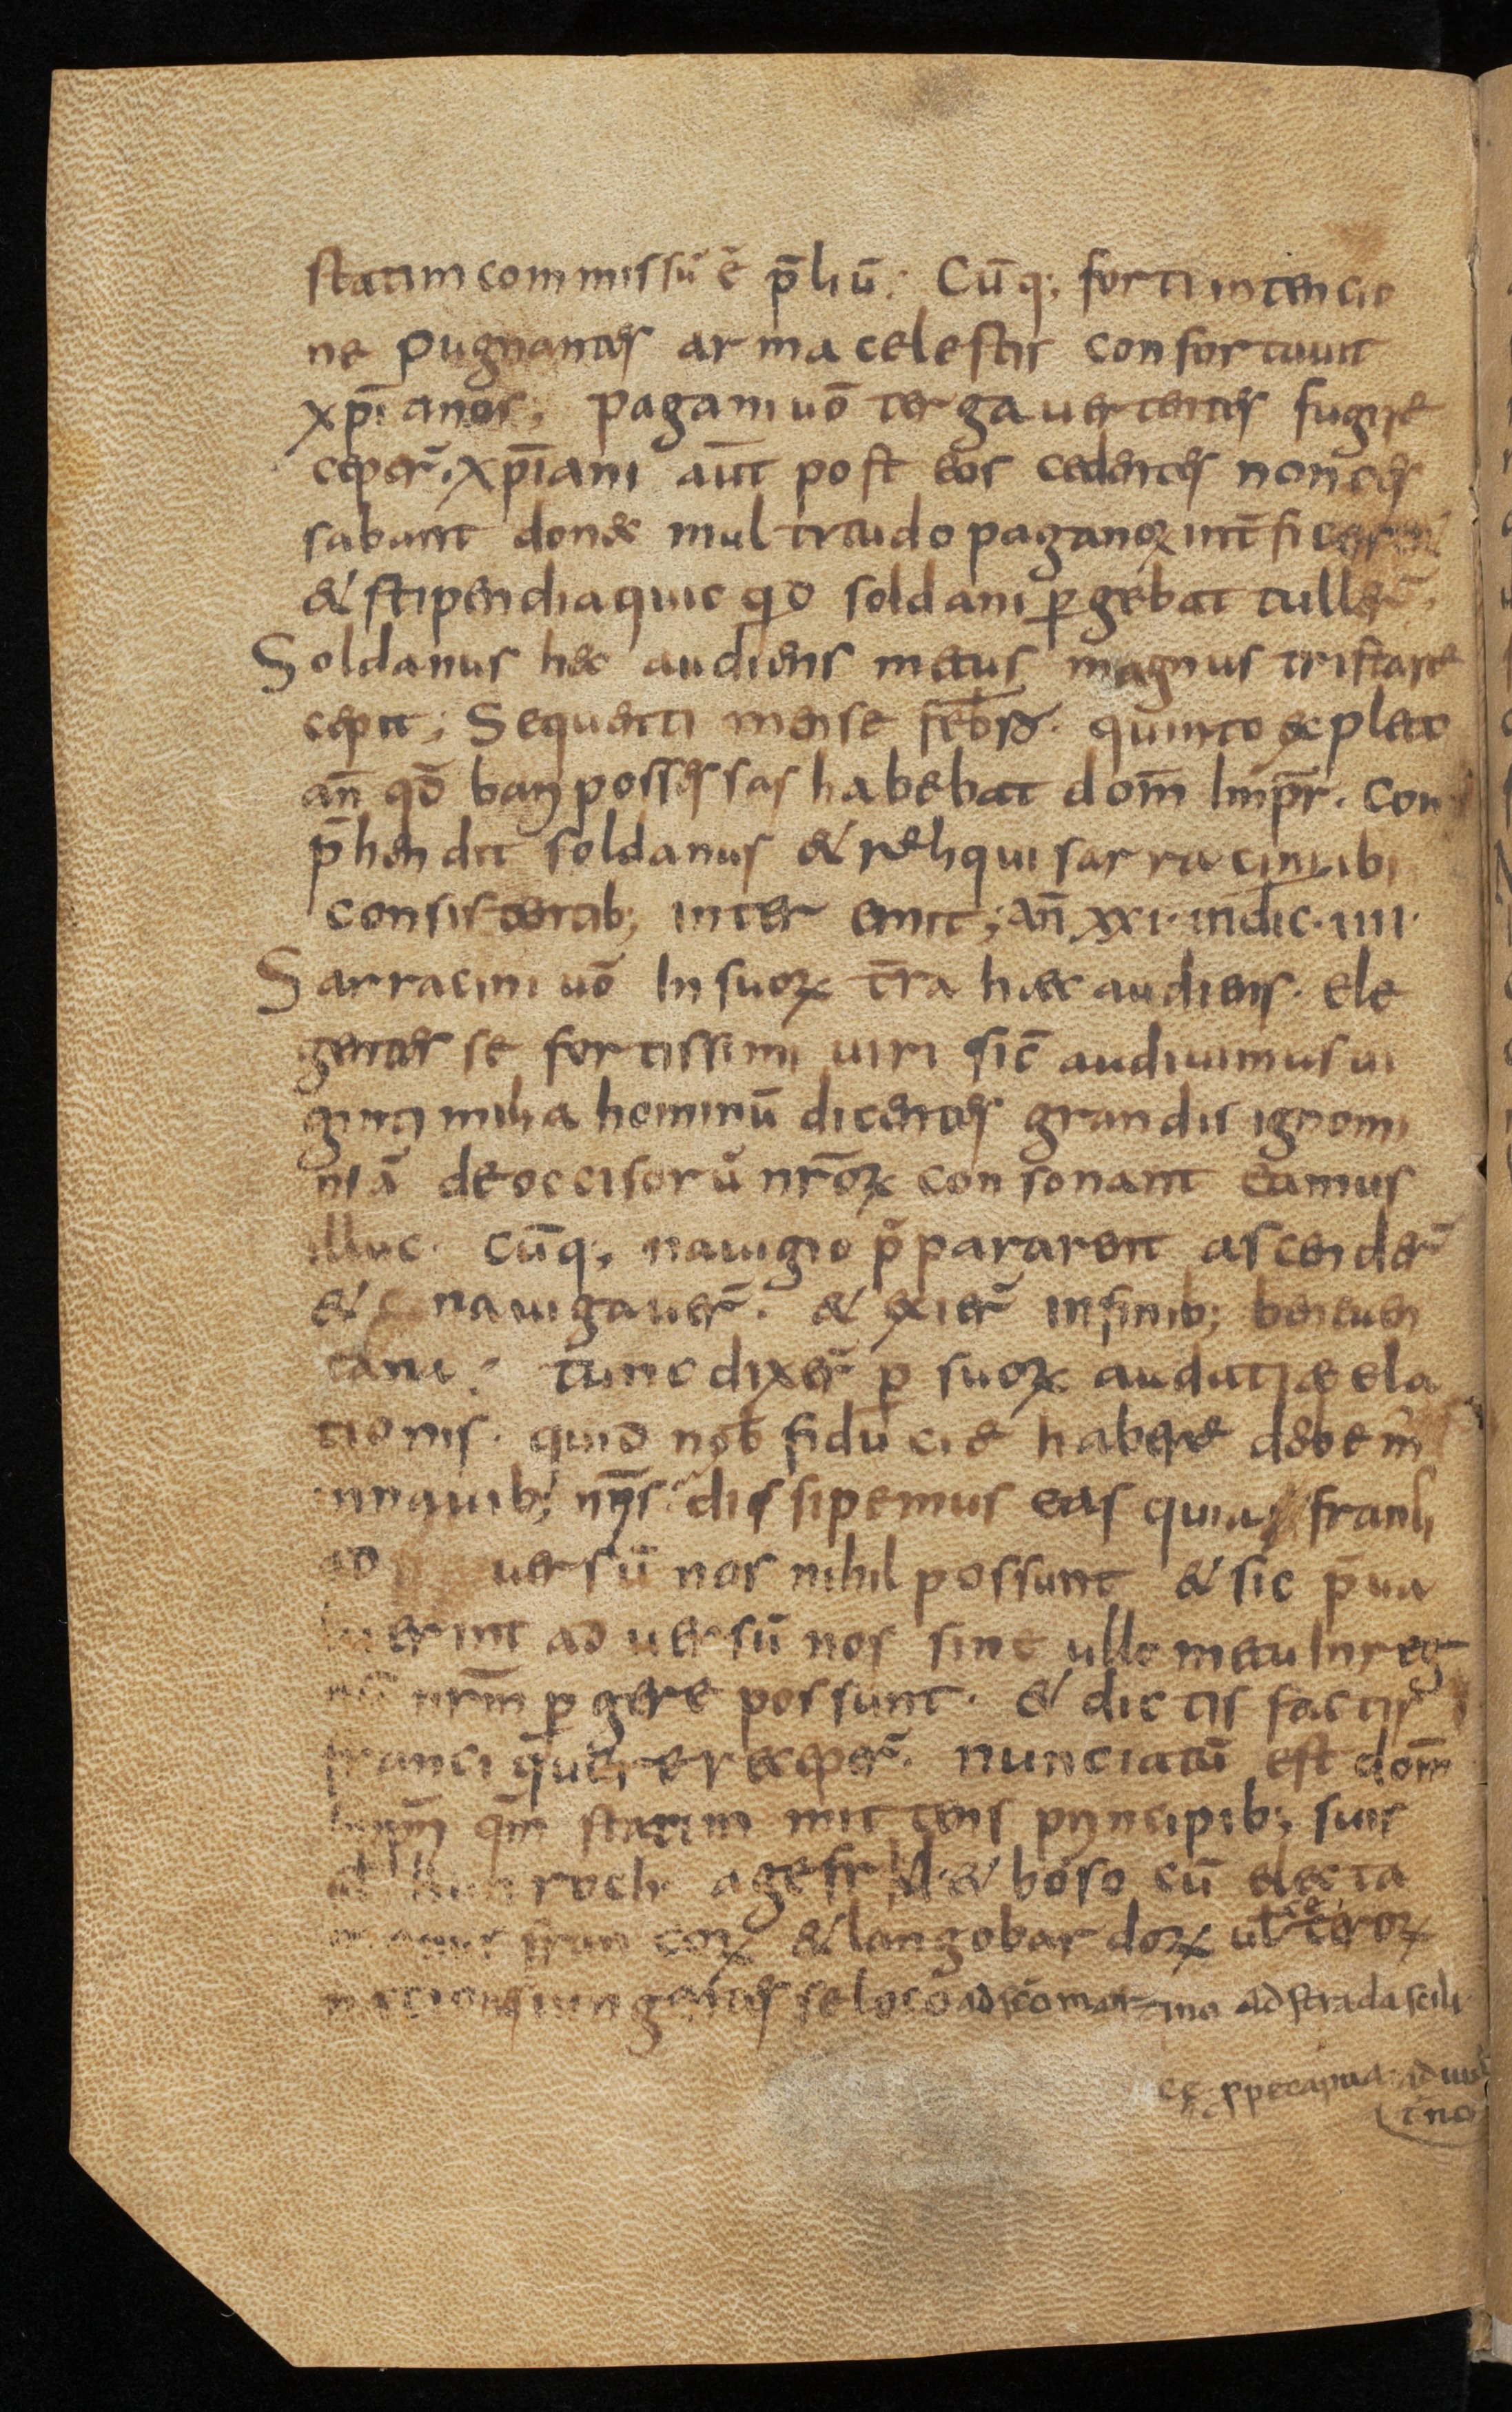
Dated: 800–999